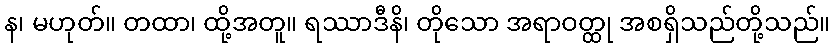
န၊ မဟုတ်။ တထာ၊ ထို့အတူ။ ရဿာဒီနိ၊ တိုသော အရာဝတ္ထု အစရှိသည်တို့သည်။